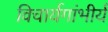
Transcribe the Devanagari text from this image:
विचार्यगांभीर्य